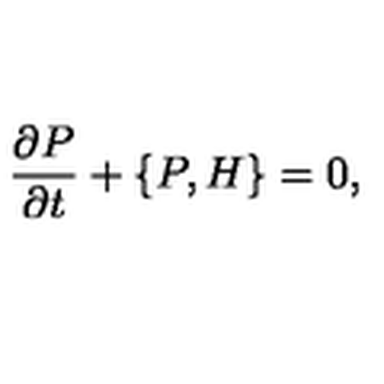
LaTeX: \frac { \partial P } { \partial t } + \{ P , H \} = 0 ,